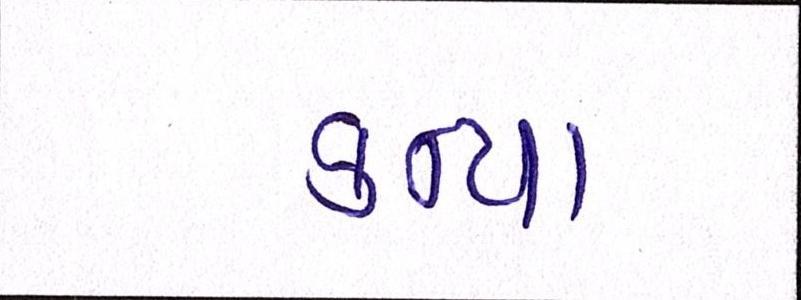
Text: કન્યા